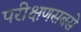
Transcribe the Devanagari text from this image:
परीक्षणसबसे